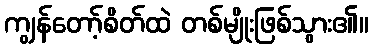
ကျွန်တော့်စိတ်ထဲ တစ်မျိုးဖြစ်သွား၏။